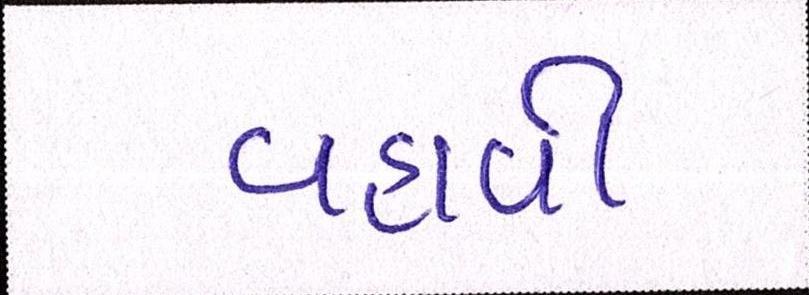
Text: વહાવી